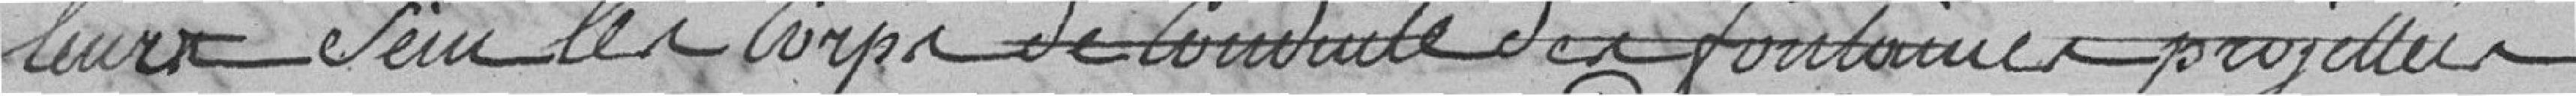
leur sein le corps de conduite des fontaines projetées,